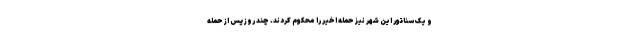
و یک سناتور این شهر نیز حمله اخیر را محکوم کردند. چند روز پس از حمله